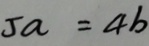
5 a = 4 b